Report of the King Institute of Preventive Medicine, Guindy
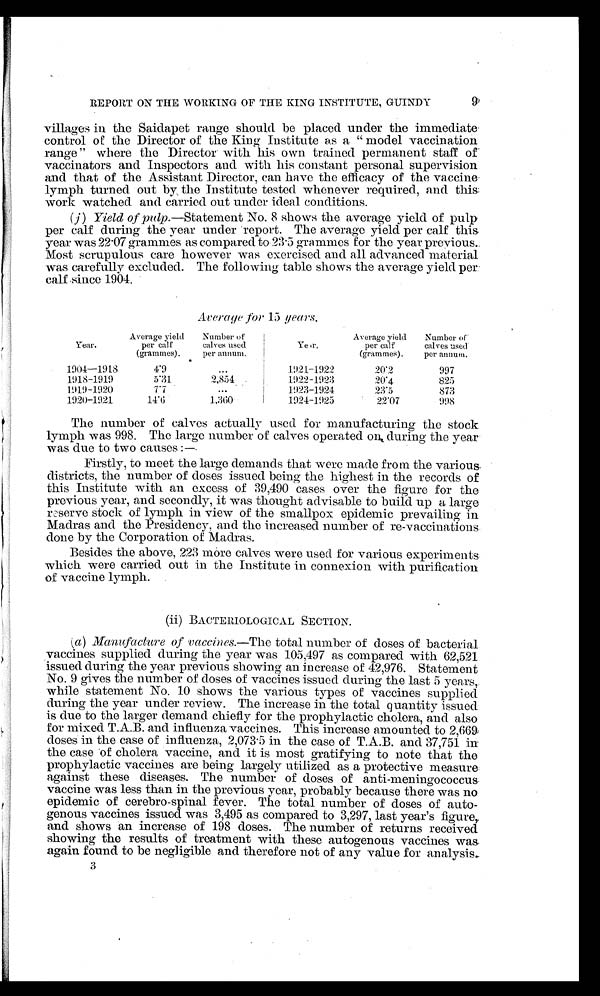
REPORT ON THE WORKING OF THE KING INSTITUTE, GUINDY
9
villages in the Saidapet range should be placed under the immediate
control of the Director of the King Institute as a "model vaccination
range" where the Director with his own trained permanent staff of
vaccinators and Inspectors and with his constant personal supervision
and that of the Assistant Director, can have the efficacy of the vaccine.
lymph turned out by the Institute tested whenever required, and this
work watched and carried out under ideal conditions.
( j ) Yield of pulp.—Statement No. 8 shows the average yield of pulp
per calf during the year under report. The average yield per calf this
year was 22.07 grammes as compared to 23.5 grammes for the year previous.
Most scrupulous care however was exercised and all advanced material
was carefully excluded. The following table shows the average yield per
calf since 1904.
Average for 15 years.
Year.
Average yield
per calf
(grammes).
Number of
calves used
per annum.
Year.
Average yield
per calf
(grammes).
Number of
calves used
per annum.
1904-1918
4.9
. . .
1921-1922
20.2
997
1918-1919
5.31
2,854
1922-1923
20.4
825
1919-1920
7.7
. . .
1923-1924
23.5
873
1920-1921
14.6
1,360
1924-1925
99.07
998
The number of calves actually used for manufacturing the stock
lymph was 998. The large number of calves operated on during the year
was due to two causes :—
Firstly, to meet the large demands that were made from the various
districts, the number of doses issued being the highest in the records of
this Institute with an excess of 39,490 cases over the figure for the
previous year, and secondly, it was thought advisable to build up a large
reserve stock of lymph in view of the smallpox epidemic prevailing in
Madras and the Presidency, and the increased number of re-vaccinations
done by the Corporation of Madras.
Besides the above, 223 more calves were used for various experiments
which were carried out in the Institute in connexion with purification
of vaccine lymph.
(ii) BACTERIOLOGICAL SECTION.
(
a) Manufacture of vaccines.—The total number of doses of bacterial
vaccines supplied during the year was 105,497 as compared with 62,521
issued during the year previous showing an increase of 42,976. Statement
No. 9 gives the number of doses of vaccines issued during the last 5 years,
while statement No. 10 shows the various types of vaccines supplied
during the year under review. The increase in the total quantity issued
is due to the larger demand chiefly for the prophylactic cholera, and also
for mixed T.A.B. and influenza vaccines. This increase amounted to 2,669
doses in the case of influenza, 2,073.5 in the case of T.A.B. and 37,751 in
the case of cholera vaccine, and it is most gratifying to note that the
prophylactic vaccines are being largely utilized as a protective measure
against these diseases. The number of doses of anti-meningococcus
vaccine was less than in the previous year, probably because there was no
epidemic of cerebro-spinal fever. The total number of doses of auto--
genous vaccines issued was 3,495 as compared to 3,297, last year's figure,
and shows an increase of 198 doses. The number of returns received
showing the results of treatment with these autogenous vaccines was
again found to be negligible and therefore not of any value for analysis.